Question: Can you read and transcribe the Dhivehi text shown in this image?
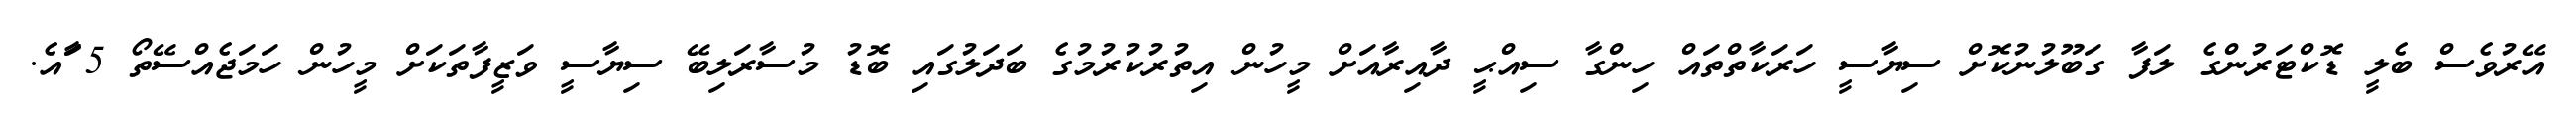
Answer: އޭރުވެސް ބެލީ ޑޮކްޓަރުންގެ ލަފާ ގަބޫލުނުކޮށް ސިޔާސީ ހަރަކާތްތައް ހިންގާ ސިއްޙީ ދާއިރާއަށް މީހުން އިތުރުކުރުމުގެ ބަދަލުގައި ބޮޑު މުސާރަލިބޭ ސިޔާސީ ވަޒީފާތަކަށް މީހުން ހަމަޖެއްސޭތޯ 5 ާަައެ.